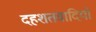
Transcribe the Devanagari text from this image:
दहशतवादियों